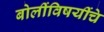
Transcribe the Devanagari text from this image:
बोलींविषयींचे